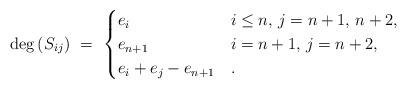
LaTeX: \begin{align*} \deg\, (S_{ij}) \ =\ \begin{cases} e_{i} &i\le n,\,j=n+1,\, n+2,\\ e_{n+1}&i=n+1,\, j=n+2,\\ e_{i}+e_{j}-e_{n+1}&. \end{cases}\end{align*}